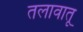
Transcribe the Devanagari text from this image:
तलावातू